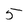
Character: 5